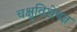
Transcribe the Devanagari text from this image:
चक्षुविशेषज्ञ